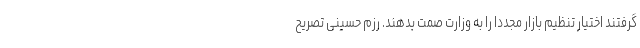
گرفتند اختیار تنظیم بازار مجددا را به وزارت صمت بدهند. رزم حسینی تصریح